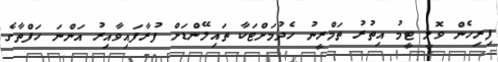
ފިރިހެން ވޮލީ ޓީމު އިތުރު ތަމްރީނު ހެދުމަށްޓަކާ ތައިލޭންޑަށް ފުރާފައިވާއިރު އަންނަ ހަފްތާގެ